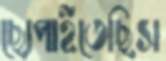
ছোপাইতেছিস